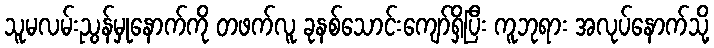
သူမလမ်းညွန်မှုနောက်ကို တဖက်လူ ခုနစ်သောင်းကျော်ရှိပြီး ကူဘုရား အလုပ်နောက်သို့